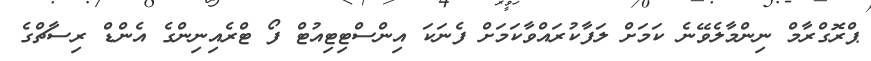
ޕްރޮގްރާމް ނިންމާލެވޭނެ ކަމަށް ލަފާކުރައްވާކަމަށް ފެނަކަ އިންސްޓިޓިއުޓް ފޯ ޓްރެއިނިންގެ އެންޑް ރިސާޗްގެ